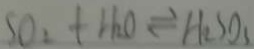
S O _ { 2 } + H _ { 2 } O \rightleftharpoons H _ { 2 } S O _ { 3 }